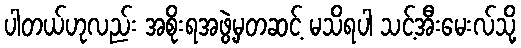
ပါတယ်ဟုလည်း အစိုးရအဖွဲ့မှတဆင့် မသိရပါ သင့်အီးမေးလ်သို့